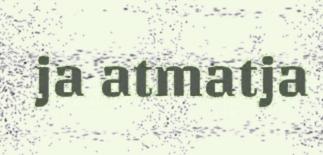
ja atmatja